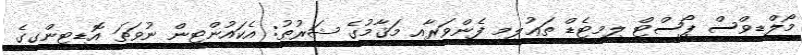
މޯލްޑިވްސް ޕޯސްޓް ލިމިޓެޑް ތަޢުލީމީ ފެންވަރާއި މަޤާމުގެ ޝަރުޠު: އެކައުންޓިން ނުވަތަ އޮޑިޓިންގގެ